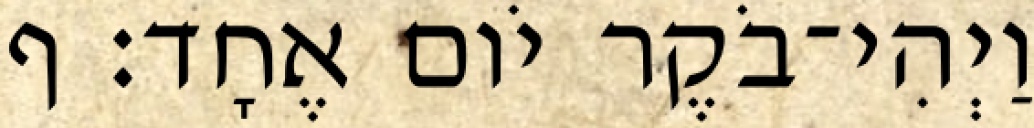
וַיְהִי־בֹקֶר יֹום אֶחָד׃ ף